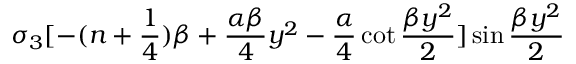
\sigma _ { 3 } [ - ( n + { \frac { 1 } { 4 } } ) \beta + { \frac { \alpha \beta } { 4 } } y ^ { 2 } - { \frac { \alpha } { 4 } } \cot { \frac { \beta y ^ { 2 } } { 2 } } ] \sin { \frac { \beta y ^ { 2 } } { 2 } }